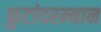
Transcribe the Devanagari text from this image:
फुटांदरम्यान